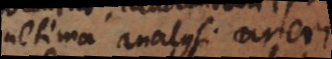
ultima analysi careri